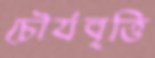
চৌর্যবৃত্তি